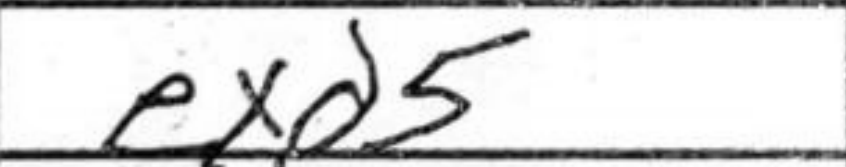
Transcription: exd5